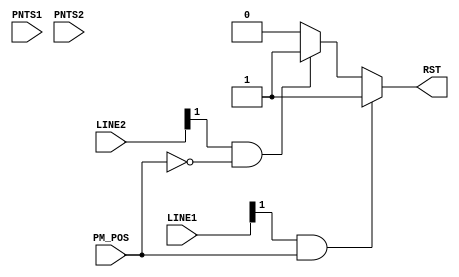
module Comparator(LINE1, LINE2, PNTS1, PNTS2, PM_POS, RST);

	input [15:0] LINE1, LINE2, PNTS1, PNTS2;
	input PM_POS;
	
	output reg RST;
	
	always @(LINE1 or LINE2 or PNTS1 or PNTS2 or PM_POS) begin
		
		if(LINE1[1] == 1 && PM_POS == 1)
			RST = 1;
		else if (LINE2[1] == 1 && PM_POS == 0)
			RST = 1;
		else 
			RST = 0;
	end

endmodule